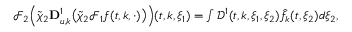
\begin{array} { r } { \mathcal { F } _ { 2 } \Big ( \tilde { \chi } _ { 2 } \mathbf { D } _ { u , k } ^ { 1 } \big ( \tilde { \chi } _ { 2 } \mathcal { F } _ { 1 } f ( t , k , \cdot ) \big ) \Big ) ( t , k , \xi _ { 1 } ) = \int \mathcal { D } ^ { 1 } ( t , k , \xi _ { 1 } , \xi _ { 2 } ) \hat { f } _ { k } ( t , \xi _ { 2 } ) d \xi _ { 2 } , } \end{array}